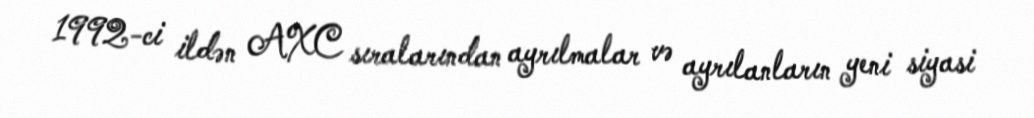
1992-ci ildən AXC sıralarından ayrılmalar və ayrılanların yeni siyasi